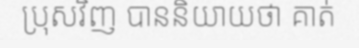
ប្រុសវិញ បាននិយាយថា គាត់